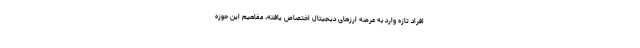
افراد تازه وارد به عرصه ارزهای دیجیتال اختصاص یافته، مفاهیم این حوزه